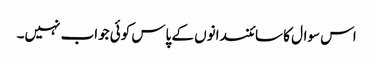
اس سوال کا سائنسدانوں کے پاس کوئی جواب نہیں۔